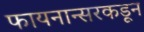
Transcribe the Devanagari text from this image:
फायनान्सरकडून